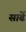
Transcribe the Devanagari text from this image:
साढें